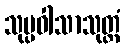
သုပ္ပဝါသာသုတ္တံ